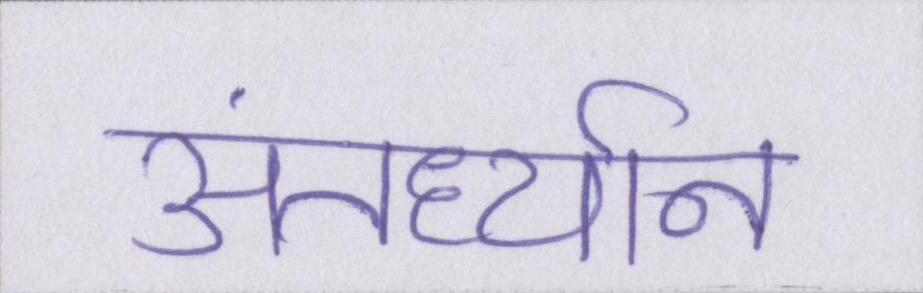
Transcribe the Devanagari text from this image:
अंतर्ध्यान